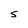
Character: S